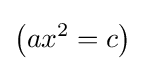
\left(ax^{2}=c\right)